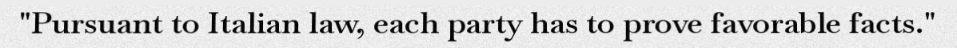
"Pursuant to Italian law, each party has to prove favorable facts."